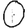
Digit: 0